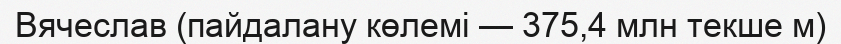
Вячеслав (пайдалану көлемі — 375,4 млн текше м)